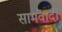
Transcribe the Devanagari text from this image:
सामंवादी